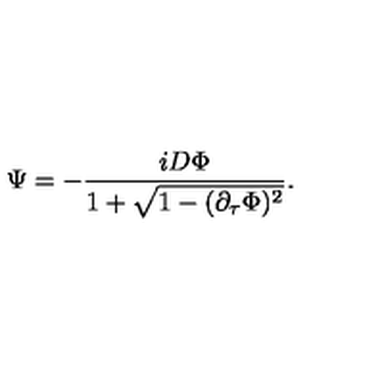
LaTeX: \Psi = - { \frac { i D \Phi } { 1 + \sqrt { 1 - ( \partial _ { \tau } \Phi ) ^ { 2 } } } } .